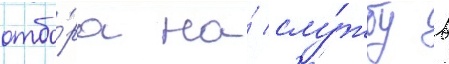
отбо́ра на́ слу́жбу в